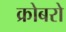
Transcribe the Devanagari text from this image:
क्रोबरो